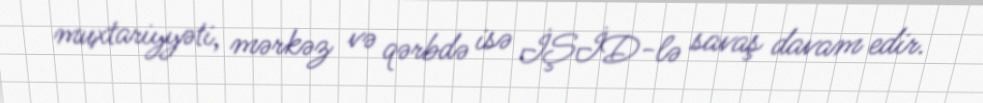
muxtariyyəti, mərkəz və qərbdə isə İŞİD-lə savaş davam edir.